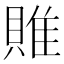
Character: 𨿎